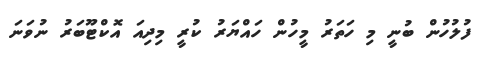
ފުލުހުން ބުނީ މި ހަތަރު މީހުން ހައްޔަރު ކުރީ މިދިއަ އޮކްޓޫބަރު ނުވަނަ